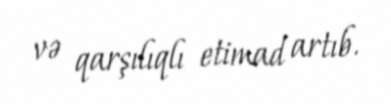
və qarşılıqlı etimad artıb.